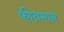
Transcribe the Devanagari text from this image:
फीनमान